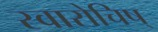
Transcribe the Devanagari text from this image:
स्वारोचिष्‌